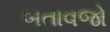
બતાવજો